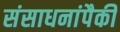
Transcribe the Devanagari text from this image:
संसाधनांपैकी